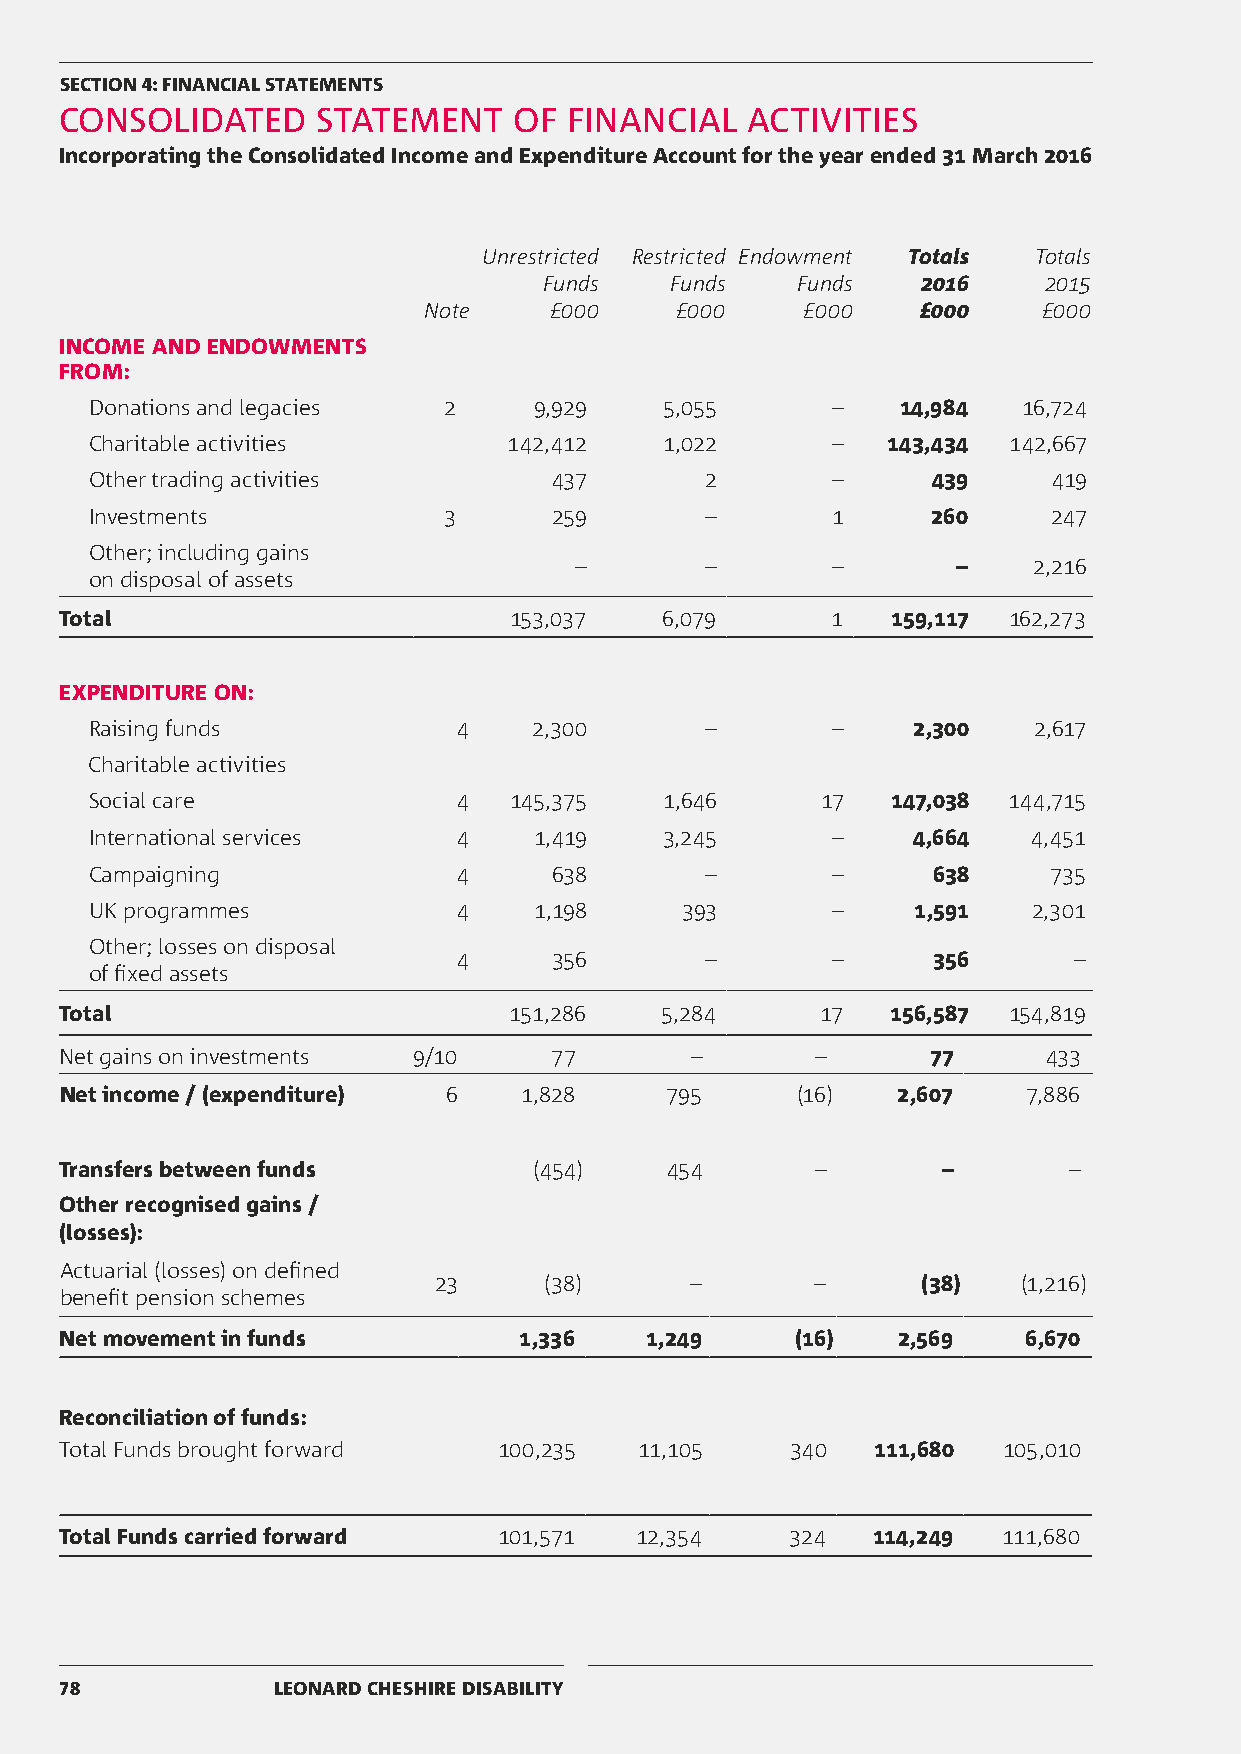
SECTION 4: FINANCIAL STATEMENTS
 CONSOLIDATED     STATEMENT    OF  FINANCIAL  ACTIVITIES
 Incorporating the Consolidated Income and Expenditure Account for the year ended 31 March 2016
 Unrestricted Restricted Endowment Totals Totals
 Funds   Funds    Funds   2016    2015
 Note    £000     £000    £000    £000    £000
 INCOME AND ENDOWMENTS
 FROM:
 Donations and legacies 2     9,929    5,055      –    14,984  16,724
 Charitable activities       142,412   1,022      –   143,434 142,667
 Other trading activities       437       2       –      439     419
 Investments            3       259       –       1      260     247
 Other; including gains
 –        –       –       –    2,216
 on disposal of assets
 Total                         153,037   6,079      1   159,117 162,273
 EXPENDITURE ON:
 Raising funds           4    2,300       –       –    2,300   2,617
 Charitable activities
 Social care             4   145,375   1,646     17   147,038 144,715
 International services  4    1,419    3,245      –    4,664   4,451
 Campaigning             4     638        –       –      638    735
 UK programmes           4    1,198     393       –     1,591  2,301
 Other; losses on disposal
 4      356       –       –      356      –
 of fixed assets
 Total                         151,286   5,284     17   156,587 154,819
 Net gains on investments 9/10   77        –       –       77     433
 Net income / (expenditure) 6  1,828     795      (16)  2,607    7,886
 Transfers between funds        (454)    454       –       –        –
 Other recognised gains /
 (losses):
 Actuarial (losses) on defined
 23     (38)      –       –      (38)   (1,216)
 benefit pension schemes
 Net movement in funds         1,336    1,249     (16)  2,569    6,670
 Reconciliation of funds:
 Total Funds brought forward  100,235  11,105    340   111,680 105,010
 Total Funds carried forward  101,571  12,354    324   114,249 111,680
 78            LEONARD CHESHIRE DISABILITY